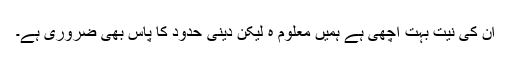
ان کی نیت بہت اچھی ہے ہمیں معلوم ہ لیکن دینی حدود کا پاس بھی ضروری ہے۔